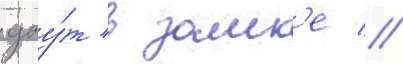
дау́т в замк'е //